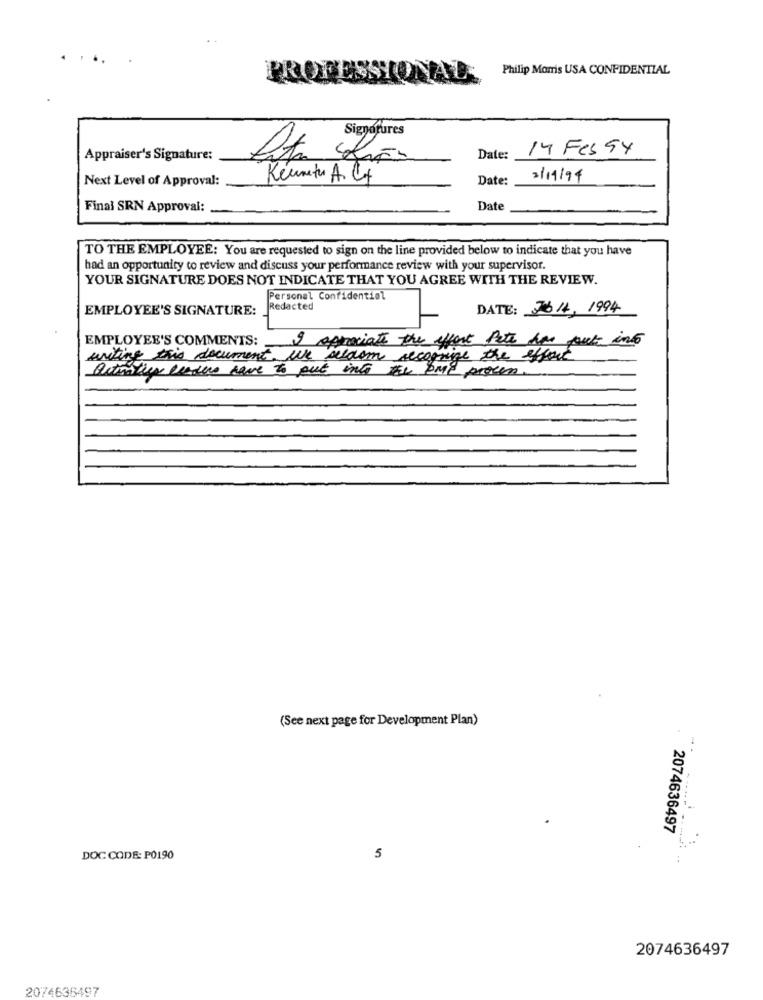
Philip Morris USA CONFIDENTIAL
PROFESSIONAL
Signatures
14 Feb 54
Appraiser's Signature:
Date:
Next Level of Approval:
Kenneth Ar Cot
Date:
2/11/94
Final SRN Approval:
Date
TO THE EMPLOYEE: You are requested to sign on the line provided below to indicate that you have
had an opportunity to review and discuss your performance review with your supervisor.
YOUR SIGNATURE DOES NOT INDICATE THAT YOU AGREE WITH THE REVIEW.
Personal Confidentiel
EMPLOYEE'S SIGNATURE:
Redacted
DATE: 3611, 1994
EMPLOYEE'S COMMENTS: I appreciate the effort Pete har put int
writing this document. We seldom recognize the effect
activities letus have to put into the OME proven.
(See next page for Development Plan)
2074636497
DOC CODE: P0190
5
..
2074636497
2074636497